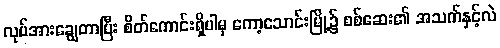
လုပ်အားချွေတာပြီး စိတ်ကောင်းရှိပါမှ ကော့သောင်းမြို့၌ စစ်ဆေး၏ အသက်နှင့်လဲ